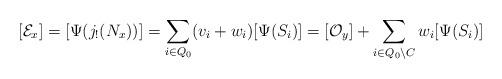
LaTeX: \begin{align*} [\mathcal{E}_x]= [\Psi(j_!(N_x))] = \sum_{i\in Q_0} (v_i+w_i) [\Psi(S_i)] = [\mathcal{O}_y] + \sum_{i\in Q_0\setminus C} w_i [\Psi(S_i)] \end{align*}